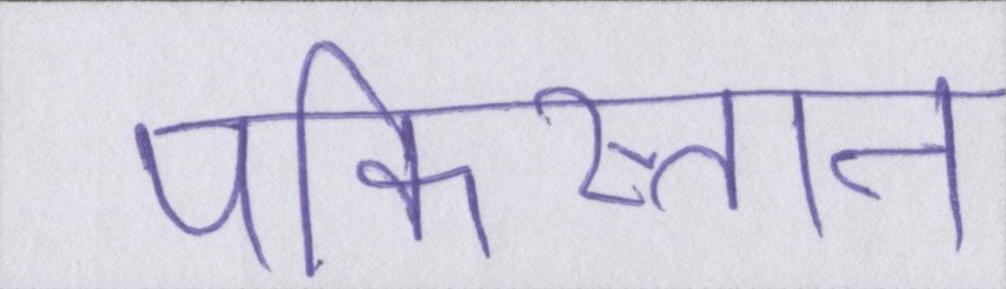
पकिस्तान